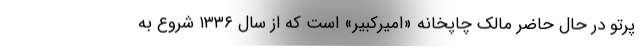
پرتو در حال حاضر مالک چاپخانه «امیرکبیر» است که از سال ۱۳۳۶ شروع به